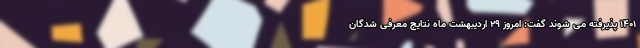
۱۴۰۱ پذیرفته می شوند گفت: امروز ۲۹ اردیبهشت ماه نتایج معرفی شدگان